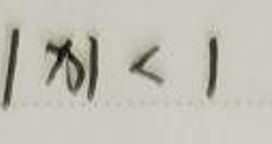
\(\vert x \vert < 1\)